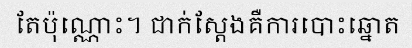
តែប៉ុណ្ណោះ។ ជាក់ស្តែងគឺការបោះឆ្នោត